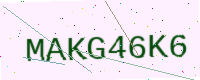
Text: MAKG46K6